Plague in India, 1896, 1897 - Volume 3
Year: 1896
Disease focus: Plague
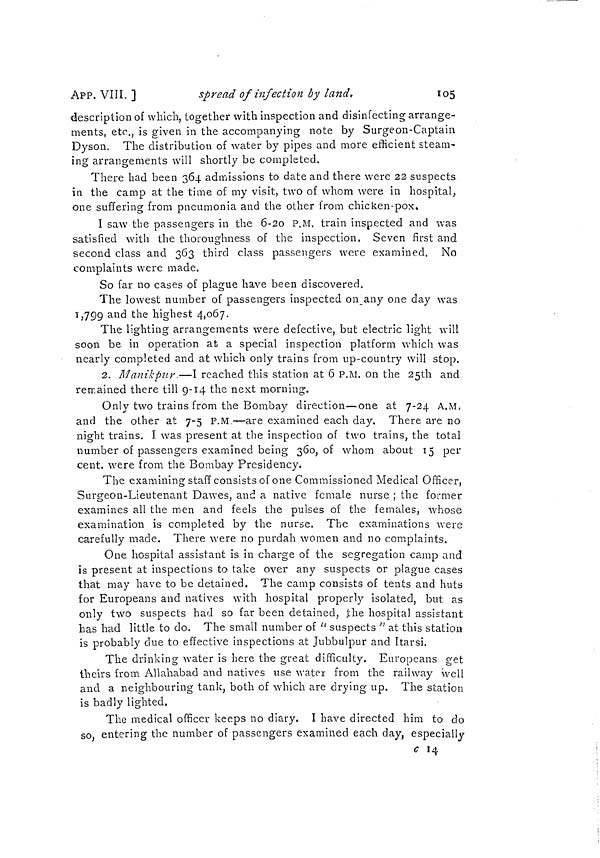
ÁPP. VIII. ]
spread of infection by land,
105
description of which, together with inspection and disinfecting arrange-
ments, etc., is given in the accompanying note by Surgeon-Captain
Dyson. The distribution of water by pipes and more efficient steam-
ing arrangements will shortly be completed.
There had been 364 admissions to date and there were 22 suspects
in the camp at the time of my visit, two of whom were in hospital,
one suffering from pneumonia and the other from chicken-pox.
I saw the passengers in the 6-2o P.M. train inspected and was
satisfied with the thoroughness of the inspection. Seven first and
second class and 363 third class passengers were examined. No
complaints were made.
So far no cases of plague have been discovered.
The lowest number of passengers inspected on_any one day was
1,799 and the highest 4,067.
The lighting arrangements were defective, but electric light will
soon be in operation at a special inspection platform which was
nearly completed and at which only trains from up-country will stop.
2. Manikpur.—I reached this station at 6 P.M. on the 25th and
remained there till 9-14 the next morning.
Only two trains from the Bombay direction—one at 7-24 A.M.
and the other at 7-5 P.M —are examined each day. There are no
night trains. Í was present at the inspection of two trains, the total
number of passengers examined being 360, of whom about 15 per
cent, were from the Bombay Presidency.
The examining staff consists of one Commissioned Medical Officer,
Surgeon-Lieutenant Dawes, and a native female nurse ; the former
examines all the men and feels the pulses of the females, whose
examination is completed by the nurse. The examinations were
carefully made. There were no purdah women and no complaints.
One hospital assistant is in charge of the segregation camp and
is present at inspections to take over any suspects or plague cases
that may have to be detained. The camp consists of tents and huts
for Europeans and natives with hospital properly isolated, but as
only two suspects had so far been detained, the hospital assistant
has had little to do. The small number of " suspects " at this station
is probably due to effective inspections at Jubbulpur and Itarsi.
The drinking water is here the great difficulty. Europeans get
theirs from Allahabad and natives use water from the railway well
and a neighbouring tank, both of which are drying up. The station
is badly lighted.
The medical officer keeps no diary. I have directed him to do
so, entering the number of passengers examined each day, especially
c 14